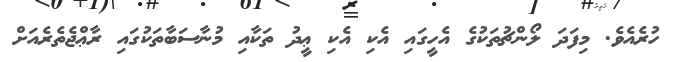
ހުރެއެވެ. މިފަދަ ލޯންޗުތަކުގެ އެހީގައި އެކި އެކި ޢީދު ތަކާއި މުނާސަބާތަކުގައި ރާޢްޖެތެރެއަށް